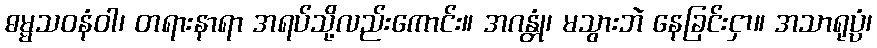
ဓမ္မသဝနံဝါ၊ တရားနာရာ အရပ်သို့လည်းကောင်း။ အဂန္တုံ၊ မသွားဘဲ နေခြင်းငှာ။ အသာရုပ္ပံ၊